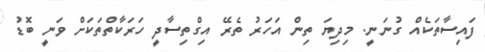
ފައިސާތަކެއް ގުނަނީ. މިދިޔަ ތިން އަހަރު ތެރޭ އިގްތިސާދީ ހަރަކާތްތަކަށް ވަނީ ބޮޑު